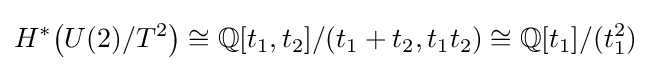
H^{*}{\big (}U(2)/T^{2}{\big )}\cong \mathbb {Q} [t_{1},t_{2}]/(t_{1}+t_{2},t_{1}t_{2})\cong \mathbb {Q} [t_{1}]/(t_{1}^{2})